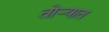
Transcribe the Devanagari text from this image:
तोर्‍यात